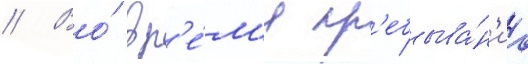
// Во́ вр'е́м'я пр'ебыва́н'иа